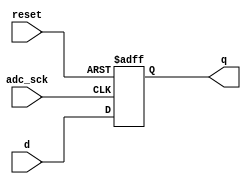
/* 
 * Team Id: eYRC#AB#3265
 * Author List: Md Faizan, Sudhanshu Ranjan, Sumit Saroj
 * Filename: reset_ff
 * Theme: Astro Tinker Bot 
 * Functions:reset_ff
 * Global Variables: None
 */

// reset_ff.v - 8-bit resettable D flip-flop

module reset_ff #(parameter WIDTH = 8) (
    input       adc_sck, reset,
    input       [WIDTH-1:0] d,
    output reg  [WIDTH-1:0] q
);

always @(posedge adc_sck or posedge reset) begin
    if (reset) q <= 0;
    else     q <= d;
end

endmodule